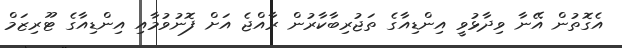
އެގޮތުން އޭނާ ވިދާޅުވީ އިންޑިއާގެ ތަޖުރިބާކާރުން ރާއްޖެ އަށް ފޮނުވުމާއި އިންޑިއާގެ ޓޫރިޒަމް